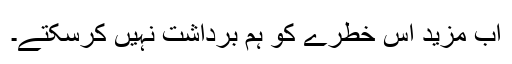
اب مزید اس خطرے کو ہم برداشت نہیں کرسکتے۔